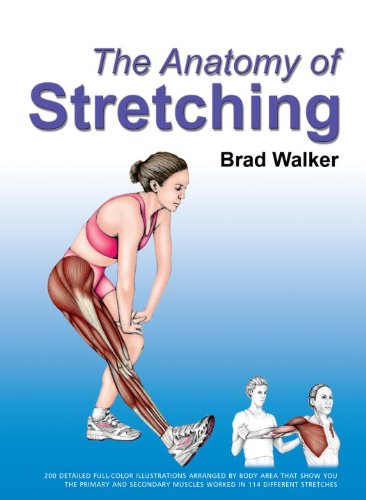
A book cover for The Anatomy of Stretching; Brad Walker; Health, Fitness & Dieting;